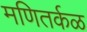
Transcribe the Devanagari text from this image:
मणितर्कळ